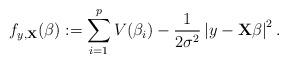
LaTeX: \begin{align*}f_{y,\mathbf{X}}(\beta) := \sum_{i=1}^pV(\beta_i) - \frac{1}{2\sigma^2}\left|y-\mathbf{X}\beta\right|^2 .\end{align*}